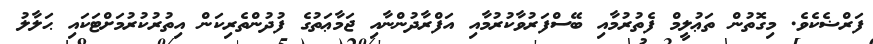
ފަރްޟެކެވެ. މިގޮތުން ތަޢުލީމް ފެތުރުމާއި ބޭސްފަރުވާކުރުމާއި އަފްރާދުންނާއި ޖަމާޢަތުގެ ފުދުންތެރިކަން އިތުރުކުރުމަށްޓަކައި ޙަލާލު